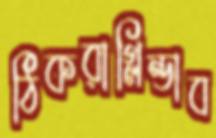
ঠিকরাগ্লিন্ডাব